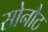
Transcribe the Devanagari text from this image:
सोनौठ